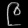
Digit: ၉